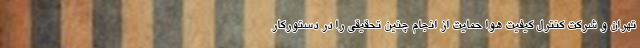
تهران و شرکت کنترل کیفیت هوا حمایت از انجام چنین تحقیقی را در دستورکار